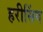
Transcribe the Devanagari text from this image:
हरीसिंग